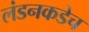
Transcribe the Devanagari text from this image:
लंडनकडेच